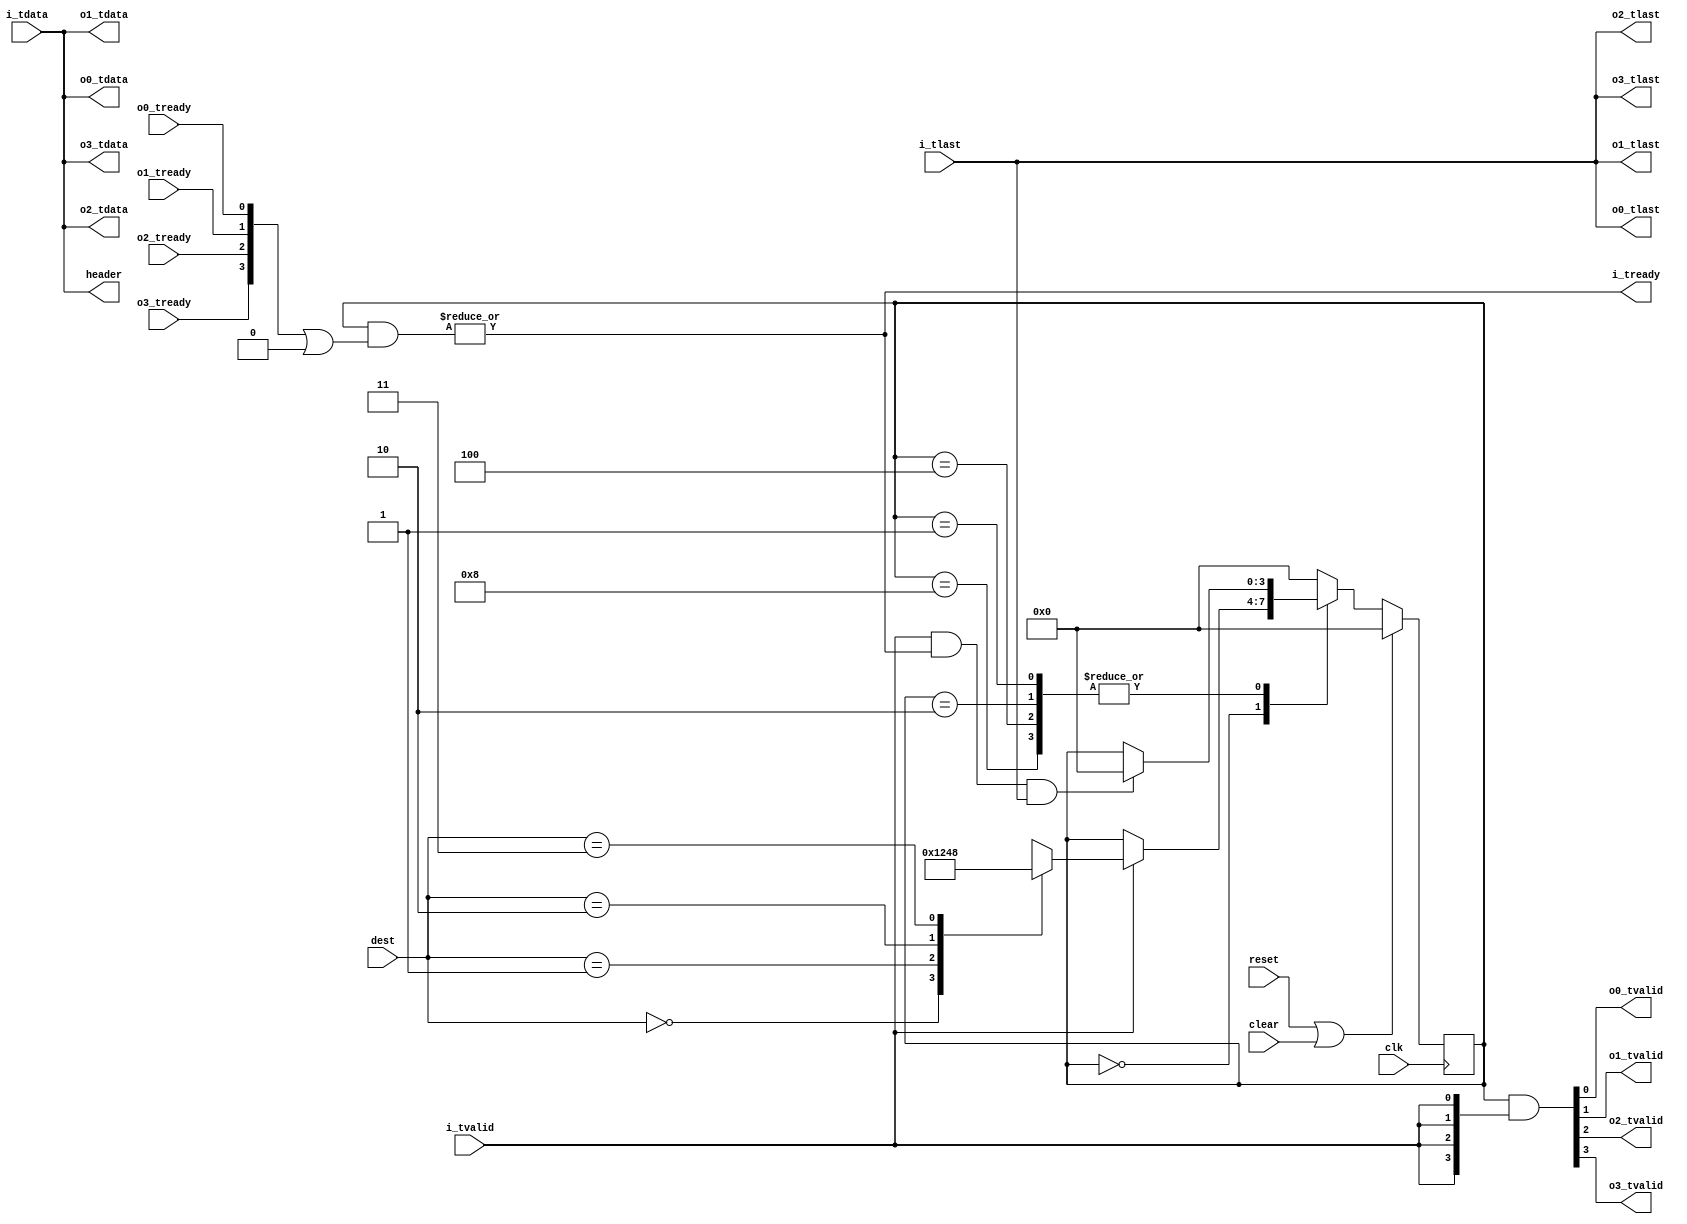

// Copyright 2012 Ettus Research LLC
// axi_demux -- takes one AXI stream, sends to one of 4 output channels
//   Choice of output channel is by external logic based on first line of packet ("header" port)
//   If compressed vita data, this line contains vita header and streamid.

module axi_demux4
  #(parameter ACTIVE_CHAN = 4'b1111,  // ACTIVE_CHAN is a map of connected outputs
    parameter WIDTH = 64,
    parameter BUFFER=0)
   (input clk, input reset, input clear,
    output [WIDTH-1:0] header, input [1:0] dest,
    input [WIDTH-1:0] i_tdata, input i_tlast, input i_tvalid, output i_tready,
    output [WIDTH-1:0] o0_tdata, output o0_tlast, output o0_tvalid, input o0_tready,
    output [WIDTH-1:0] o1_tdata, output o1_tlast, output o1_tvalid, input o1_tready,
    output [WIDTH-1:0] o2_tdata, output o2_tlast, output o2_tvalid, input o2_tready,
    output [WIDTH-1:0] o3_tdata, output o3_tlast, output o3_tvalid, input o3_tready);

   wire [WIDTH-1:0]    i_tdata_int;
   wire 	       i_tlast_int, i_tvalid_int, i_tready_int;

   generate
      if(BUFFER == 0)
	begin
	   assign i_tdata_int = i_tdata;
	   assign i_tlast_int = i_tlast;
	   assign i_tvalid_int = i_tvalid;
	   assign i_tready = i_tready_int;
	end
      else
	axi_fifo_short #(.WIDTH(WIDTH+1)) axi_fifo_short
	  (.clk(clk), .reset(reset), .clear(clear),
	   .i_tdata({i_tlast,i_tdata}), .i_tvalid(i_tvalid), .i_tready(i_tready),
	   .o_tdata({i_tlast_int,i_tdata_int}), .o_tvalid(i_tvalid_int), .o_tready(i_tready_int),
	   .space(), .occupied());
   endgenerate

   reg [3:0] 	  dm_state;
   localparam DM_IDLE = 4'b0000;
   localparam DM_0    = 4'b0001;
   localparam DM_1    = 4'b0010;
   localparam DM_2    = 4'b0100;
   localparam DM_3    = 4'b1000;

   assign header = i_tdata_int;
   
   always @(posedge clk)
     if(reset | clear)
       dm_state <= DM_IDLE;
     else
       case (dm_state)
	 DM_IDLE :
	   if(i_tvalid_int)
	     case(dest)
	       2'b00 : dm_state <= DM_0;
	       2'b01 : dm_state <= DM_1;
	       2'b10 : dm_state <= DM_2;
	       2'b11 : dm_state <= DM_3;
	     endcase // case (i_tdata[1:0])
	 
	 DM_0, DM_1, DM_2, DM_3 :
	   if(i_tvalid_int & i_tready_int & i_tlast_int)
	     dm_state <= DM_IDLE;
	 
	 default :
	   dm_state <= DM_IDLE;
       endcase // case (dm_state)

   assign {o3_tvalid, o2_tvalid, o1_tvalid, o0_tvalid} = dm_state & {4{i_tvalid_int}};
   assign i_tready_int = |(dm_state & ({o3_tready, o2_tready, o1_tready, o0_tready} | ~ACTIVE_CHAN));
      
   assign {o0_tlast, o0_tdata} = {i_tlast_int, i_tdata_int};
   assign {o1_tlast, o1_tdata} = {i_tlast_int, i_tdata_int};
   assign {o2_tlast, o2_tdata} = {i_tlast_int, i_tdata_int};
   assign {o3_tlast, o3_tdata} = {i_tlast_int, i_tdata_int};
   
endmodule // axi_demux4